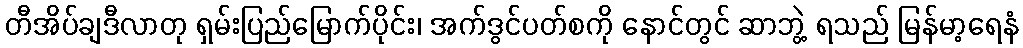
တီအိပ်ချဒီလာတု ရှမ်းပြည်မြောက်ပိုင်း၊ အက်ဒွင်ပတ်စကို နောင်တွင် ဆာဘွဲ့ ရသည် မြန်မာ့ရေနံ